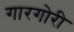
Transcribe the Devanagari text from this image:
गारगोरी